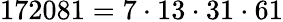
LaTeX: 172081=7\cdot 13\cdot 31\cdot 61